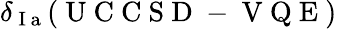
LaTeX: \delta_{\mathrm{~I~a~}}(\mathrm{~U~C~C~S~D~-~V~Q~E~})